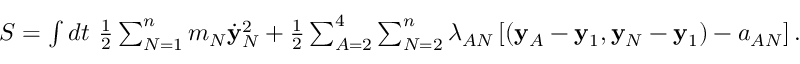
\begin{array} { r } { S = \int d t ~ \frac 1 2 \sum _ { N = 1 } ^ { n } m _ { N } \dot { \bf y } _ { N } ^ { 2 } + \frac 1 2 \sum _ { A = 2 } ^ { 4 } \sum _ { N = 2 } ^ { n } \lambda _ { A N } \left[ ( { \bf y } _ { A } - { \bf y } _ { 1 } , { \bf y } _ { N } - { \bf y } _ { 1 } ) - a _ { A N } \right] . } \end{array}